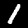
Digit: 1